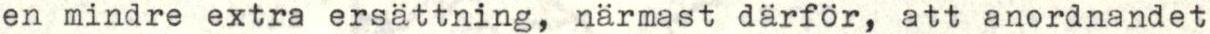
en mindre extra ersättning, närmast därför, att anordnandet